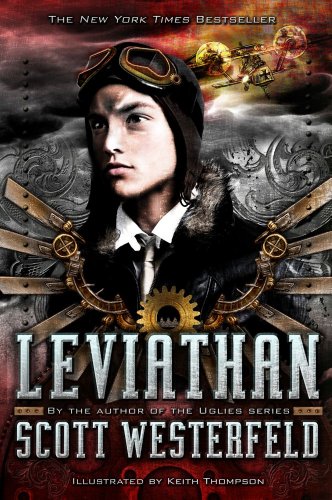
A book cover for Leviathan (The Leviathan Trilogy); Scott Westerfeld; Teen & Young Adult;